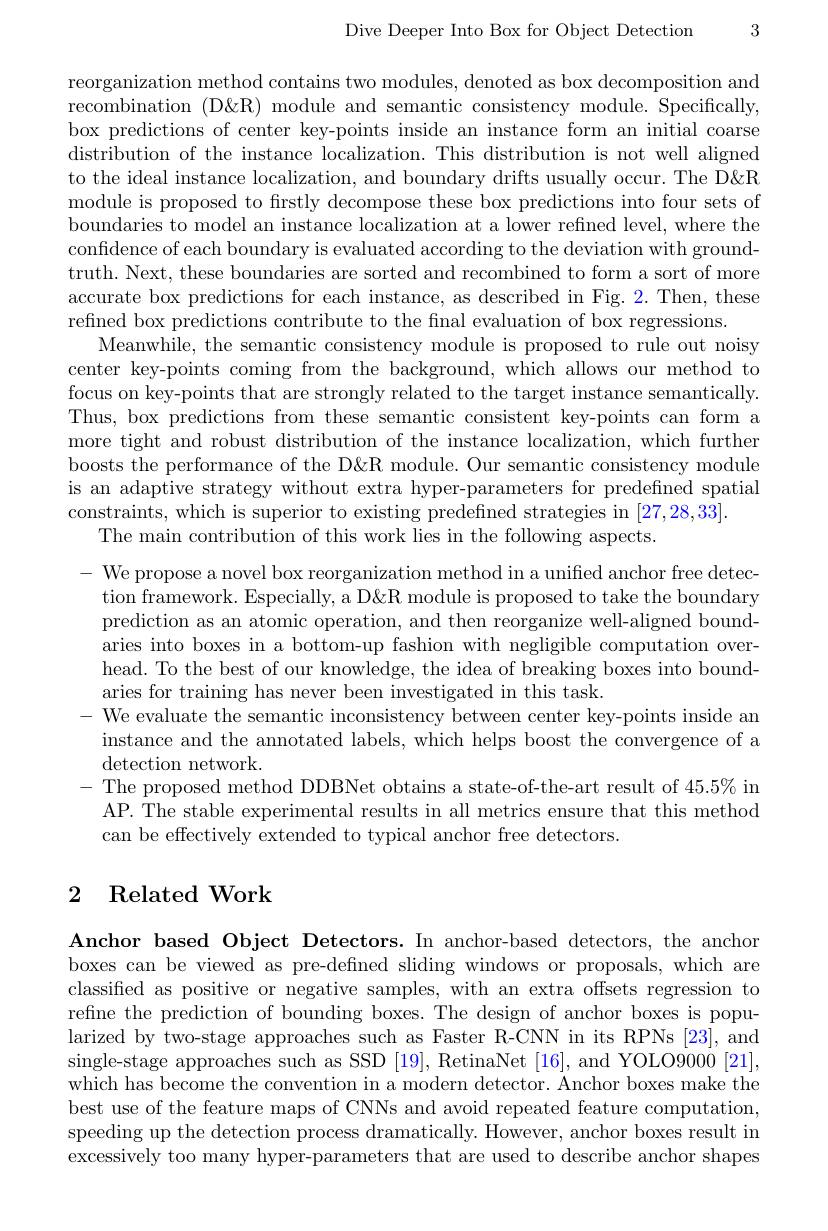
Dive Deeper Into Box for Object Detection

3

reorganization method contains two modules, denoted as box decomposition and recombination (D&R) module and semantic consistency module. Specifically, box predictions of center key-points inside an instance form an initial coarse distribution of the instance localization. This distribution is not well aligned to the ideal instance localization, and boundary drifts usually occur. The D&R module is proposed to firstly decompose these box predictions into four sets of boundaries to model an instance localization at a lower refined level, where the confidence of each boundary is evaluated according to the deviation with groundtruth. Next, these boundaries are sorted and recombined to form a sort of more accurate box predictions for each instance, as described in Fig. 2. Then, these refined box predictions contribute to the final evaluation of box regressions.
Meanwhile, the semantic consistency module is proposed to rule out noisy center key-points coming from the background, which allows our method to focus on key-points that are strongly related to the target instance semantically. Thus, box predictions from these semantic consistent key-points can form a more tight and robust distribution of the instance localization, which further boosts the performance of the D&R module. Our semantic consistency module is an adaptive strategy without extra hyper-parameters for predefined spatial constraints, which is superior to existing predefined strategies in [27,28,33].
The main contribution of this work lies in the following aspects.
$-{\mathrm{~We~propose~a~novel~box~reorganization~method~in~a~unified~anchor~free~detec-}}$
tion framework. Especially, a D&R module is proposed to take the boundary prediction as an atomic operation, and then reorganize well-aligned boundaries into boxes in a bottom-up fashion with negligible computation overhead. To the best of our knowledge, the idea of breaking boxes into boundaries for training has never been investigated in this task.
- We evaluate the semantic inconsistency between center key-points inside an instance and the annotated labels, which helps boost the convergence of a detection network.
- The proposed method DDBNet obtains a state-of-the-art result of 45.5% in
AP. The stable experimental results in all metrics ensure that this method
can be effectively extended to typical anchor free detectors.

## 2 Related Work

Anchor based Object Detectors. In anchor-based detectors, the anchor boxes can be viewed as pre-defined sliding windows or proposals, which are classified as positive or negative samples, with an extra offsets regression to refine the prediction of bounding boxes. The design of anchor boxes is popularized by two-stage approaches such as Faster R-CNN in its RPNs [23], and single-stage approaches such as SSD [19], RetinaNet [16], and YOLO9000[21], which has become the convention in a modern detector. Anchor boxes make the best use of the feature maps of CNNs and avoid repeated feature computation, speeding up the detection process dramatically. However, anchor boxes result in excessively too many hyper-parameters that are used to describe anchor shapes